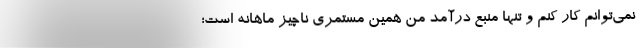
نمی‌توانم کار کنم و تنها منبع درآمد من همین مستمری ناچیز ماهانه است؛